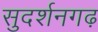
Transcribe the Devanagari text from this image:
सुदर्शनगढ़